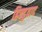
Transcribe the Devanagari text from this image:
हिन्दुवाद